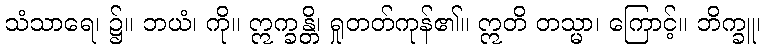
သံသာရေ၊ ၌။ ဘယံ၊ ကို။ ဣက္ခန္တိ၊ ရှုတတ်ကုန်၏။ ဣတိ တသ္မာ၊ ကြောင့်။ ဘိက္ခူ၊